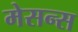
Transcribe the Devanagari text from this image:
मेसन्स